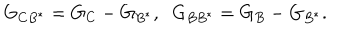
G _ { C B ^ { \ast } } = G _ { C } - G _ { B ^ { \ast } } , \; \; G _ { B B ^ { \ast } } = G _ { B } - G _ { B ^ { \ast } } .